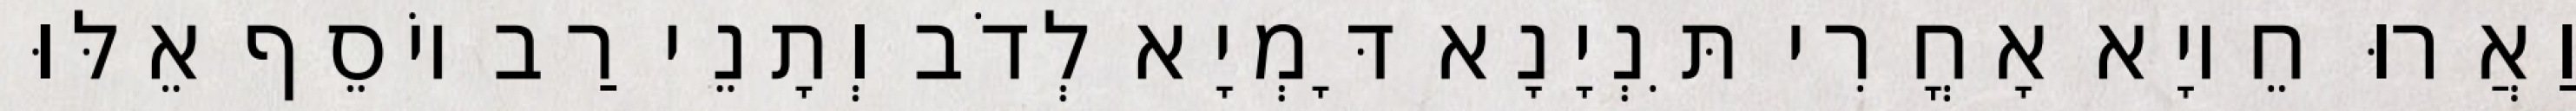
וַאֲרוּ חֵיוָא אָחֳרִי תִּנְיָנָא דָּמְיָא לְדֹב וְתָנֵי רַב יוֹסֵף אֵלּוּ